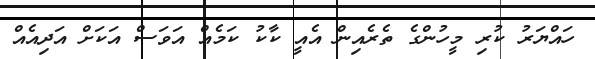
ހައްޔަރު ކުރި މީހުންގެ ތެރެއިން އެއީ ކާކު ކަމެއް އަވަސް އަކަށް އަދިއެއް